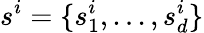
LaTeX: s^{i}=\{ s_{1}^{i},...,s_{d}^{i}\}